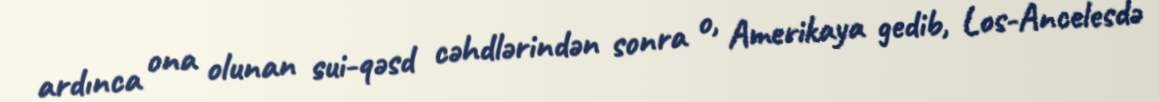
ardınca ona olunan sui-qəsd cəhdlərindən sonra o, Amerikaya gedib, Los-Ancelesdə